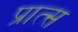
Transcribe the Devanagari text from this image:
प्रात्स